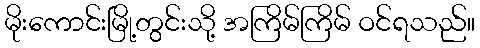
မိုးကောင်းမြို့တွင်းသို့ အကြိမ်ကြိမ် ဝင်ရသည်။